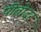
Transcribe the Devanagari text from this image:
पीतोदर